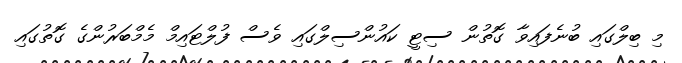
މި ބިލްގައި ބުނެފައިވާ ގޮތުން ސިޓީ ކައުންސިލްގައި ވެސް ފުލްޓައިމް މެމްބަރުންގެ ގޮތުގައި